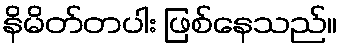
နိမိတ်တပါး ဖြစ်နေသည်။